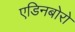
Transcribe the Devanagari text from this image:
एडिनबोरो